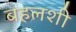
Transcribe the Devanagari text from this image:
बहलशी